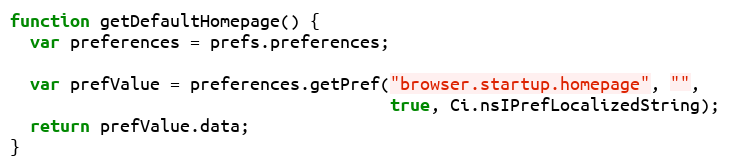
Language: JavaScript
function getDefaultHomepage() {
  var preferences = prefs.preferences;

  var prefValue = preferences.getPref("browser.startup.homepage", "",
                                      true, Ci.nsIPrefLocalizedString);
  return prefValue.data;
}